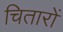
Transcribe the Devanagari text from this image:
चितारों